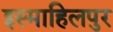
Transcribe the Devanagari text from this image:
इस्माहिलपुर